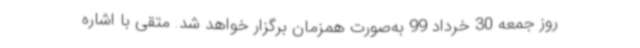
روز جمعه 30 خرداد 99 به‌صورت همزمان برگزار خواهد شد. متقی با اشاره